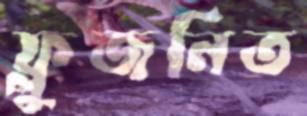
ফ্লুজনিত